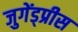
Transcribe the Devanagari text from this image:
जुगेंड्प्रीस